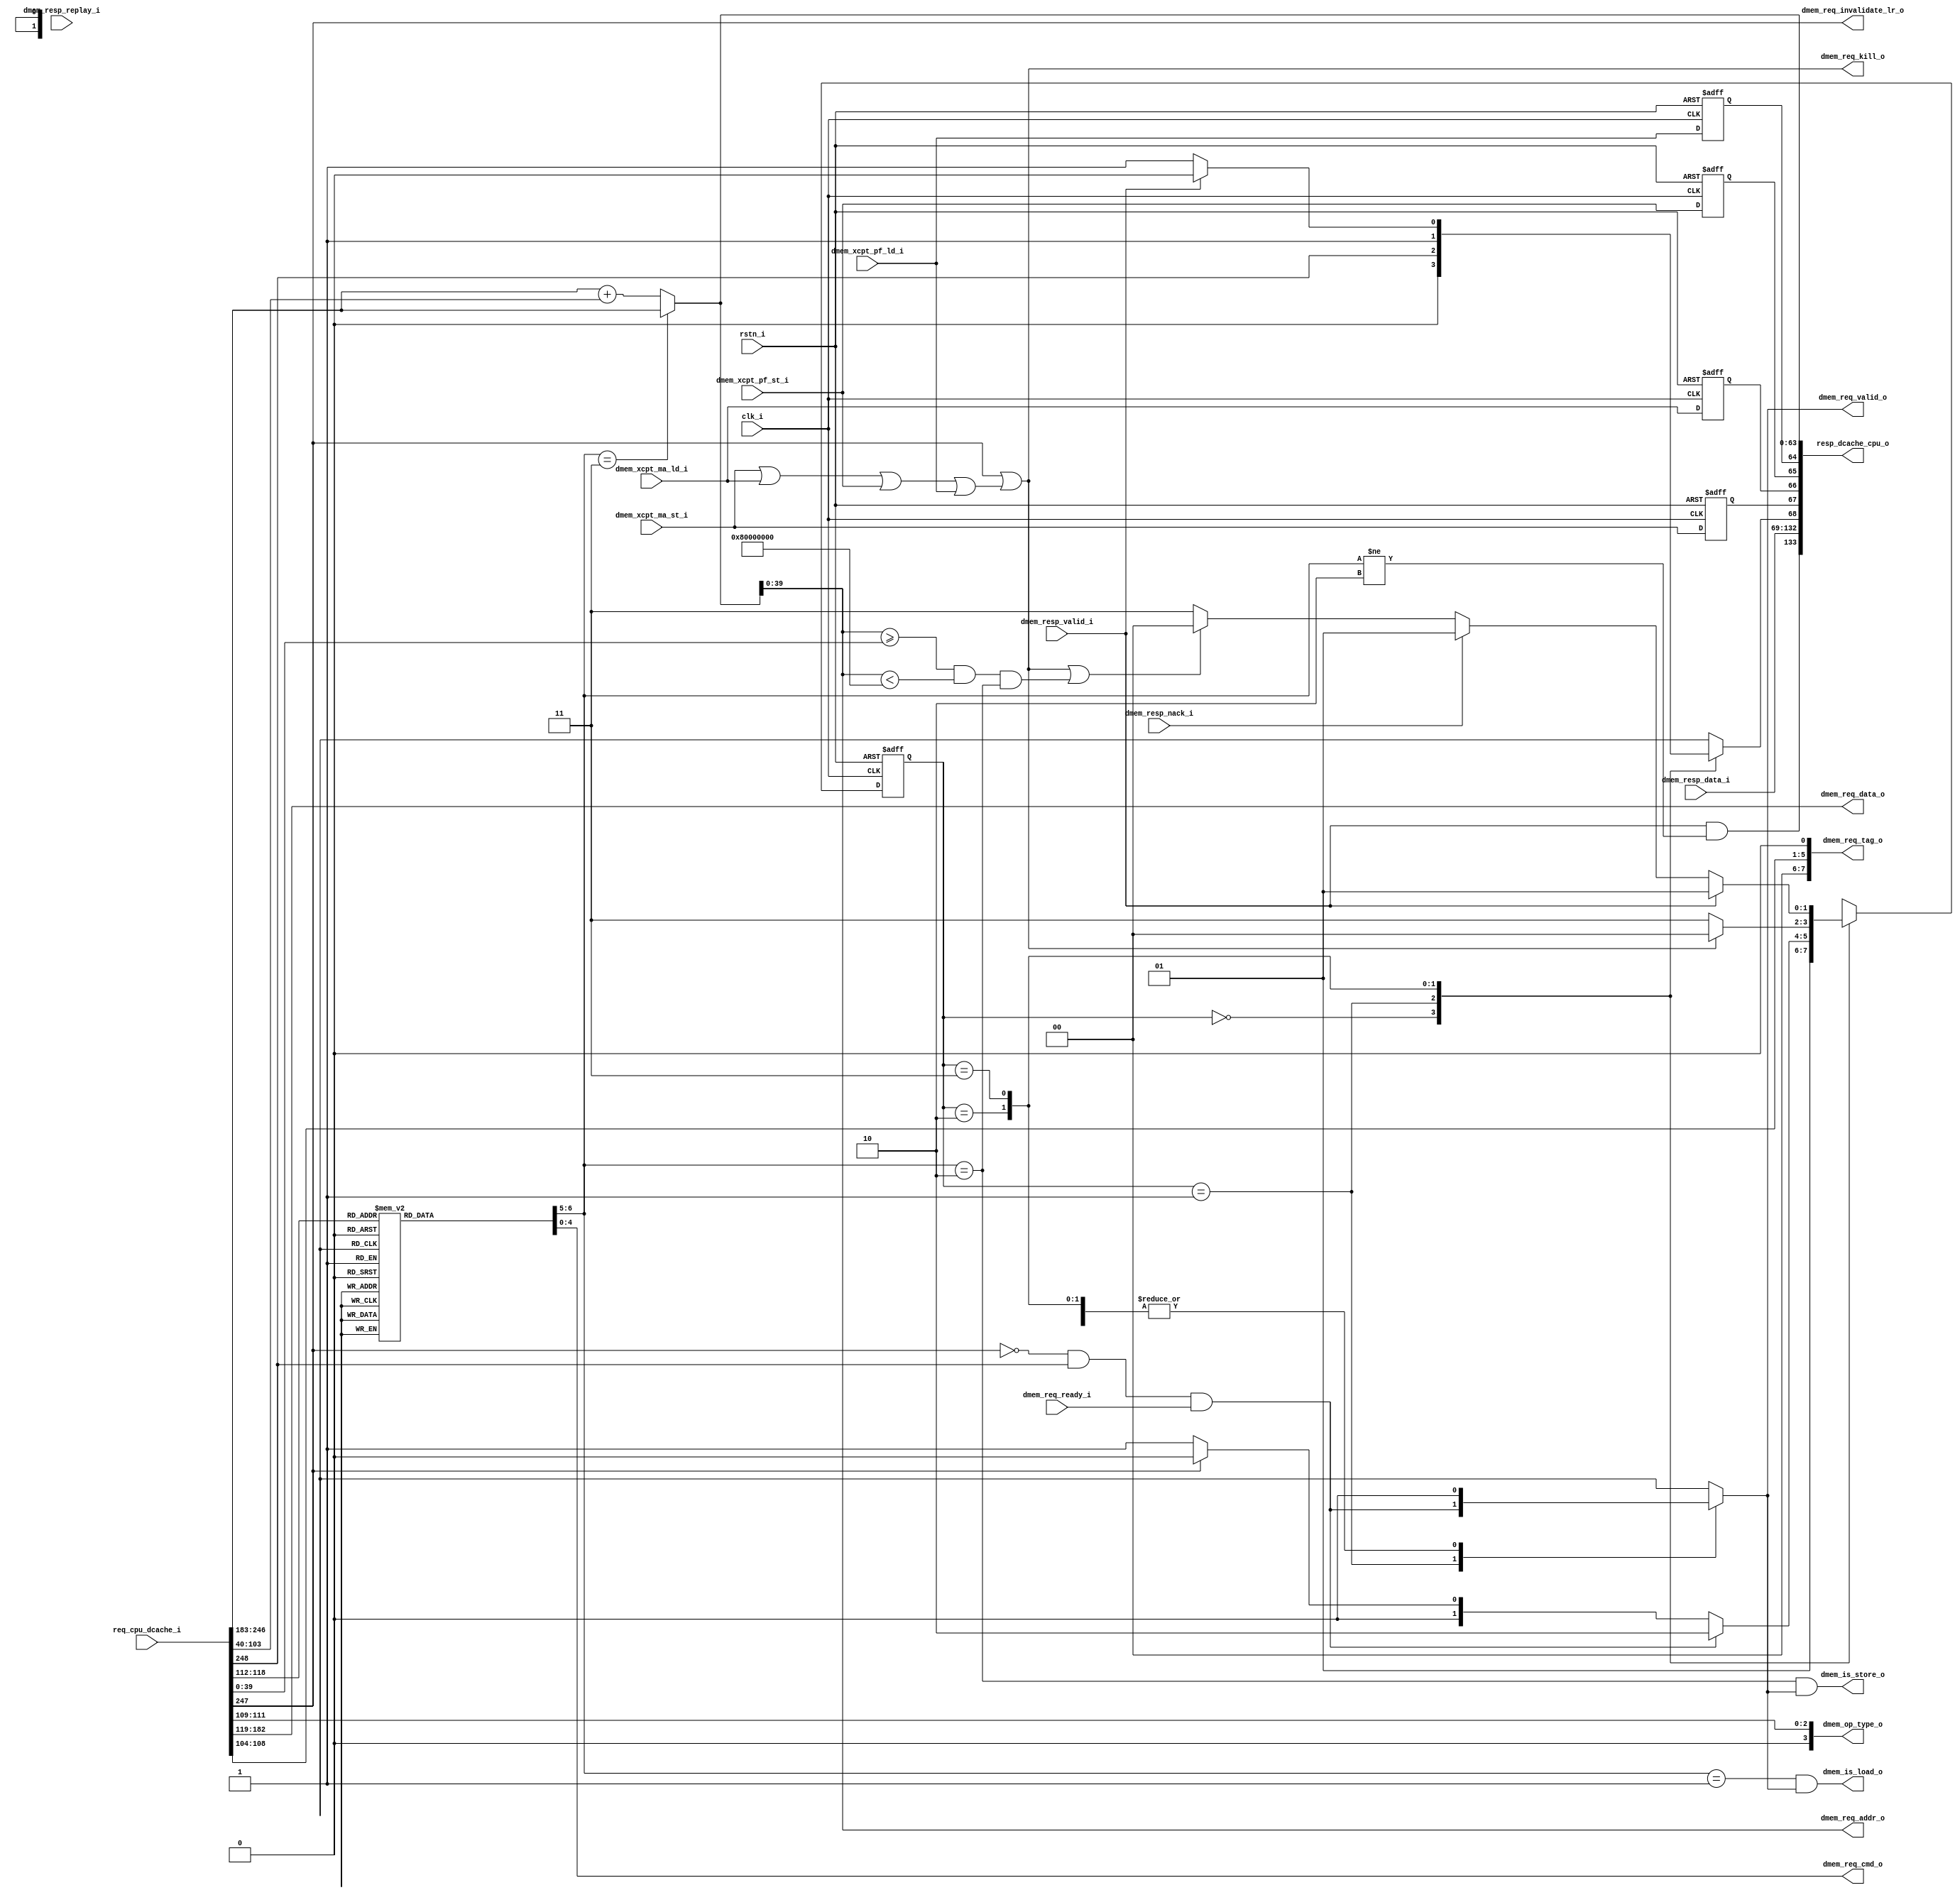
module dcache_interface (
	clk_i,
	rstn_i,
	req_cpu_dcache_i,
	dmem_resp_replay_i,
	dmem_resp_data_i,
	dmem_req_ready_i,
	dmem_resp_valid_i,
	dmem_resp_nack_i,
	dmem_xcpt_ma_st_i,
	dmem_xcpt_ma_ld_i,
	dmem_xcpt_pf_st_i,
	dmem_xcpt_pf_ld_i,
	dmem_req_valid_o,
	dmem_req_cmd_o,
	dmem_req_addr_o,
	dmem_op_type_o,
	dmem_req_data_o,
	dmem_req_tag_o,
	dmem_req_invalidate_lr_o,
	dmem_req_kill_o,
	resp_dcache_cpu_o,
	dmem_is_store_o,
	dmem_is_load_o
);
	input wire clk_i;
	input wire rstn_i;
	localparam drac_pkg_ADDR_SIZE = 40;
	localparam drac_pkg_REGFILE_WIDTH = 5;
	input wire [248:0] req_cpu_dcache_i;
	input wire dmem_resp_replay_i;
	input wire [63:0] dmem_resp_data_i;
	input wire dmem_req_ready_i;
	input wire dmem_resp_valid_i;
	input wire dmem_resp_nack_i;
	input wire dmem_xcpt_ma_st_i;
	input wire dmem_xcpt_ma_ld_i;
	input wire dmem_xcpt_pf_st_i;
	input wire dmem_xcpt_pf_ld_i;
	output reg dmem_req_valid_o;
	output reg [4:0] dmem_req_cmd_o;
	output wire [39:0] dmem_req_addr_o;
	output wire [3:0] dmem_op_type_o;
	output wire [63:0] dmem_req_data_o;
	output wire [7:0] dmem_req_tag_o;
	output wire dmem_req_invalidate_lr_o;
	output wire dmem_req_kill_o;
	output reg [133:0] resp_dcache_cpu_o;
	output wire dmem_is_store_o;
	output wire dmem_is_load_o;
	wire mem_xcpt;
	wire io_address_space;
	wire kill_io_resp;
	wire kill_mem_ope;
	reg [1:0] state;
	reg [1:0] next_state;
	wire [63:0] dmem_req_addr_64;
	reg [1:0] type_of_op;
	reg dmem_xcpt_ma_st_reg;
	reg dmem_xcpt_ma_ld_reg;
	reg dmem_xcpt_pf_st_reg;
	reg dmem_xcpt_pf_ld_reg;
	parameter ResetState = 2'b00;
	parameter Idle = 2'b01;
	parameter MakeRequest = 2'b10;
	parameter WaitResponse = 2'b11;
	parameter MEM_NOP = 2'b00;
	parameter MEM_LOAD = 2'b01;
	parameter MEM_STORE = 2'b10;
	parameter MEM_AMO = 2'b11;
	assign mem_xcpt = ((dmem_xcpt_ma_st_i | dmem_xcpt_ma_ld_i) | dmem_xcpt_pf_st_i) | dmem_xcpt_pf_ld_i;
	assign io_address_space = (dmem_req_addr_o >= req_cpu_dcache_i[39-:drac_pkg_ADDR_SIZE]) & (dmem_req_addr_o < 40'h0080000000);
	assign kill_io_resp = io_address_space & (type_of_op == MEM_STORE);
	assign kill_mem_ope = mem_xcpt | req_cpu_dcache_i[247];
	always @(posedge clk_i or negedge rstn_i)
		if (~rstn_i) begin
			state <= ResetState;
			dmem_xcpt_ma_st_reg <= 1'b0;
			dmem_xcpt_ma_ld_reg <= 1'b0;
			dmem_xcpt_pf_st_reg <= 1'b0;
			dmem_xcpt_pf_ld_reg <= 1'b0;
		end
		else begin
			state <= next_state;
			dmem_xcpt_ma_st_reg <= dmem_xcpt_ma_st_i;
			dmem_xcpt_ma_ld_reg <= dmem_xcpt_ma_ld_i;
			dmem_xcpt_pf_st_reg <= dmem_xcpt_pf_st_i;
			dmem_xcpt_pf_ld_reg <= dmem_xcpt_pf_ld_i;
		end
	always @(*)
		case (state)
			ResetState: begin
				dmem_req_valid_o = 1'b0;
				resp_dcache_cpu_o[68] = 1'b0;
				next_state = Idle;
			end
			Idle: begin
				dmem_req_valid_o = (!req_cpu_dcache_i[247] & req_cpu_dcache_i[248]) & dmem_req_ready_i;
				resp_dcache_cpu_o[68] = req_cpu_dcache_i[248];
				next_state = (dmem_req_valid_o ? MakeRequest : (req_cpu_dcache_i[247] ? ResetState : Idle));
			end
			MakeRequest: begin
				dmem_req_valid_o = 1'b0;
				resp_dcache_cpu_o[68] = 1'b1;
				next_state = (!kill_mem_ope ? WaitResponse : ResetState);
			end
			WaitResponse:
				if (dmem_resp_valid_i) begin
					dmem_req_valid_o = 1'b0;
					next_state = Idle;
					resp_dcache_cpu_o[68] = 1'b0;
				end
				else if (dmem_resp_nack_i) begin
					dmem_req_valid_o = 1'b0;
					next_state = Idle;
					resp_dcache_cpu_o[68] = 1'b1;
				end
				else begin
					dmem_req_valid_o = 1'b0;
					next_state = ((req_cpu_dcache_i[247] | mem_xcpt) | kill_io_resp ? ResetState : WaitResponse);
					resp_dcache_cpu_o[68] = 1'b1;
				end
			default: next_state = ResetState;
		endcase
	always @(*) begin
		type_of_op = MEM_NOP;
		case (req_cpu_dcache_i[118-:7])
			7'd53, 7'd54: begin
				dmem_req_cmd_o = 5'b00110;
				type_of_op = MEM_AMO;
			end
			7'd55, 7'd56: begin
				dmem_req_cmd_o = 5'b00111;
				type_of_op = MEM_AMO;
			end
			7'd57, 7'd66: begin
				dmem_req_cmd_o = 5'b00100;
				type_of_op = MEM_AMO;
			end
			7'd58, 7'd67: begin
				dmem_req_cmd_o = 5'b01000;
				type_of_op = MEM_AMO;
			end
			7'd61, 7'd70: begin
				dmem_req_cmd_o = 5'b01001;
				type_of_op = MEM_AMO;
			end
			7'd59, 7'd68: begin
				dmem_req_cmd_o = 5'b01011;
				type_of_op = MEM_AMO;
			end
			7'd60, 7'd69: begin
				dmem_req_cmd_o = 5'b01010;
				type_of_op = MEM_AMO;
			end
			7'd64, 7'd73: begin
				dmem_req_cmd_o = 5'b01100;
				type_of_op = MEM_AMO;
			end
			7'd62, 7'd71: begin
				dmem_req_cmd_o = 5'b01101;
				type_of_op = MEM_AMO;
			end
			7'd65, 7'd74: begin
				dmem_req_cmd_o = 5'b01110;
				type_of_op = MEM_AMO;
			end
			7'd63, 7'd72: begin
				dmem_req_cmd_o = 5'b01111;
				type_of_op = MEM_AMO;
			end
			7'd42, 7'd44, 7'd45, 7'd47, 7'd48, 7'd50, 7'd52: begin
				dmem_req_cmd_o = 5'b00000;
				type_of_op = MEM_LOAD;
			end
			7'd43, 7'd46, 7'd49, 7'd51: begin
				dmem_req_cmd_o = 5'b00001;
				type_of_op = MEM_STORE;
			end
			default: dmem_req_cmd_o = 5'b00000;
		endcase
	end
	assign dmem_req_addr_64 = (type_of_op == MEM_AMO ? req_cpu_dcache_i[246-:64] : req_cpu_dcache_i[246-:64] + req_cpu_dcache_i[103-:64]);
	assign dmem_req_addr_o = dmem_req_addr_64[39:0];
	assign dmem_op_type_o = {1'b0, req_cpu_dcache_i[111-:3]};
	assign dmem_req_data_o = req_cpu_dcache_i[182-:64];
	assign dmem_req_tag_o = {2'b00, req_cpu_dcache_i[108-:5], 1'b0};
	assign dmem_req_invalidate_lr_o = req_cpu_dcache_i[247];
	assign dmem_req_kill_o = mem_xcpt | req_cpu_dcache_i[247];
	wire [1:1] sv2v_tmp_F7CE3;
	assign sv2v_tmp_F7CE3 = dmem_resp_valid_i & (type_of_op != MEM_STORE);
	always @(*) resp_dcache_cpu_o[133] = sv2v_tmp_F7CE3;
	wire [64:1] sv2v_tmp_37E64;
	assign sv2v_tmp_37E64 = dmem_resp_data_i;
	always @(*) resp_dcache_cpu_o[132-:64] = sv2v_tmp_37E64;
	wire [1:1] sv2v_tmp_E1686;
	assign sv2v_tmp_E1686 = dmem_xcpt_ma_st_reg;
	always @(*) resp_dcache_cpu_o[67] = sv2v_tmp_E1686;
	wire [1:1] sv2v_tmp_CF648;
	assign sv2v_tmp_CF648 = dmem_xcpt_ma_ld_reg;
	always @(*) resp_dcache_cpu_o[66] = sv2v_tmp_CF648;
	wire [1:1] sv2v_tmp_AB3E4;
	assign sv2v_tmp_AB3E4 = dmem_xcpt_pf_st_reg;
	always @(*) resp_dcache_cpu_o[65] = sv2v_tmp_AB3E4;
	wire [1:1] sv2v_tmp_10E1E;
	assign sv2v_tmp_10E1E = dmem_xcpt_pf_ld_reg;
	always @(*) resp_dcache_cpu_o[64] = sv2v_tmp_10E1E;
	wire [64:1] sv2v_tmp_C40D6;
	assign sv2v_tmp_C40D6 = dmem_req_addr_64;
	always @(*) resp_dcache_cpu_o[63-:64] = sv2v_tmp_C40D6;
	assign dmem_is_store_o = (type_of_op == MEM_STORE) && dmem_req_valid_o;
	assign dmem_is_load_o = (type_of_op == MEM_LOAD) && dmem_req_valid_o;
endmodule